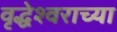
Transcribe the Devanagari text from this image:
वृद्धेश्वराच्या